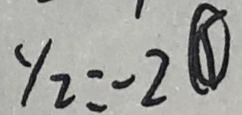
y _ { 2 } = - 2 \textcircled { 1 }